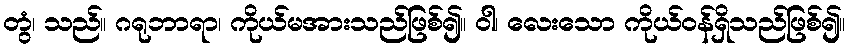
တွံ၊ သည်။ ဂရုဘာရာ၊ ကိုယ်မအားသည်ဖြစ်၍။ ဝါ၊ လေးသော ကိုယ်ဝန်ရှိသည်ဖြစ်၍။